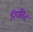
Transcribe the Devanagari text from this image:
निपतित